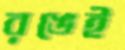
রঙেই